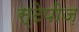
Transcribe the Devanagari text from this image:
स्टेपीज़